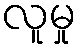
လူမှု